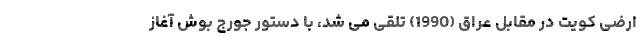
ارضی کویت در مقابل عراق (1990) تلقی می شد، با دستور جورج بوش آغاز